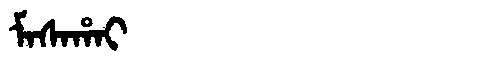
Manchu: ᠮᠠᠰᠠᡥᠠᡳ
Romanization: MASAHAI